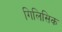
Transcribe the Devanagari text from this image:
गिलिसिक